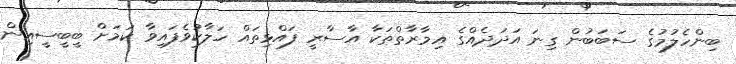
ބިންހެލުމުގެ ސަބަބުން ގިނަ އަދަދެއްގެ އިމާރާތްތަކާ އާސާރީ ފައްޅިތައް ހަލާކުވެފައިވާ ކަމަށް ބީބީސީއިން